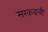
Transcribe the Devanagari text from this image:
सरकवली